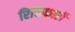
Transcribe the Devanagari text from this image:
रिक्तिकारी